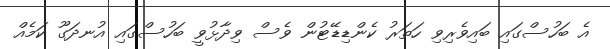
އެ ބަހުސްގައި ބައިވެރިވި ހަތަރު ކެންޑިޑޭޓުން ވެސް ވިދާޅުވީ ބަހުސްގައި އުނދަގޫ ކަމެއް